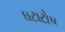
ઘટાટોપ